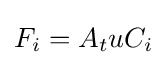
F_{i}=A_{t}uC_{i}